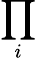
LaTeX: \prod_{i}